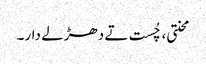
محنتی، چُست تے دھڑلے دار۔